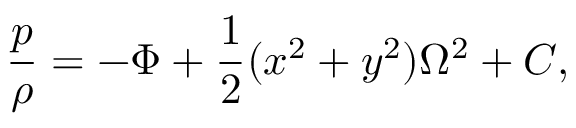
\frac { p } { \rho } = - \Phi + \frac { 1 } { 2 } ( x ^ { 2 } + y ^ { 2 } ) \Omega ^ { 2 } + C ,